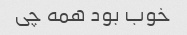
خوب بود همه چی